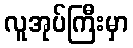
လူအုပ်ကြီးမှာ